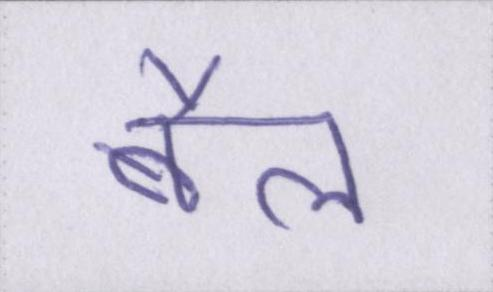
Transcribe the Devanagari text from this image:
बैल